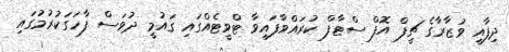
ދިފާއީ ވުޒާރާގެ ޗީފް އޮފް ސްޓާފް ކުރައްވާފައިވާ ޓްވީޓެއްގައި ގައުމީ ދުވަސް ފާހަގަކުރުމުގައި